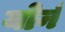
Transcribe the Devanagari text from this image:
योर्न